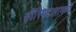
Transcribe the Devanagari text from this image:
हॉस्पिटलामध्ये